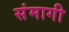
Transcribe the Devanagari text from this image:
संमागी